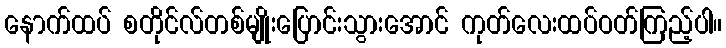
နောက်ထပ် စတိုင်လ်တစ်မျိုးပြောင်းသွားအောင် ကုတ်လေးထပ်ဝတ်ကြည့်ပါ။